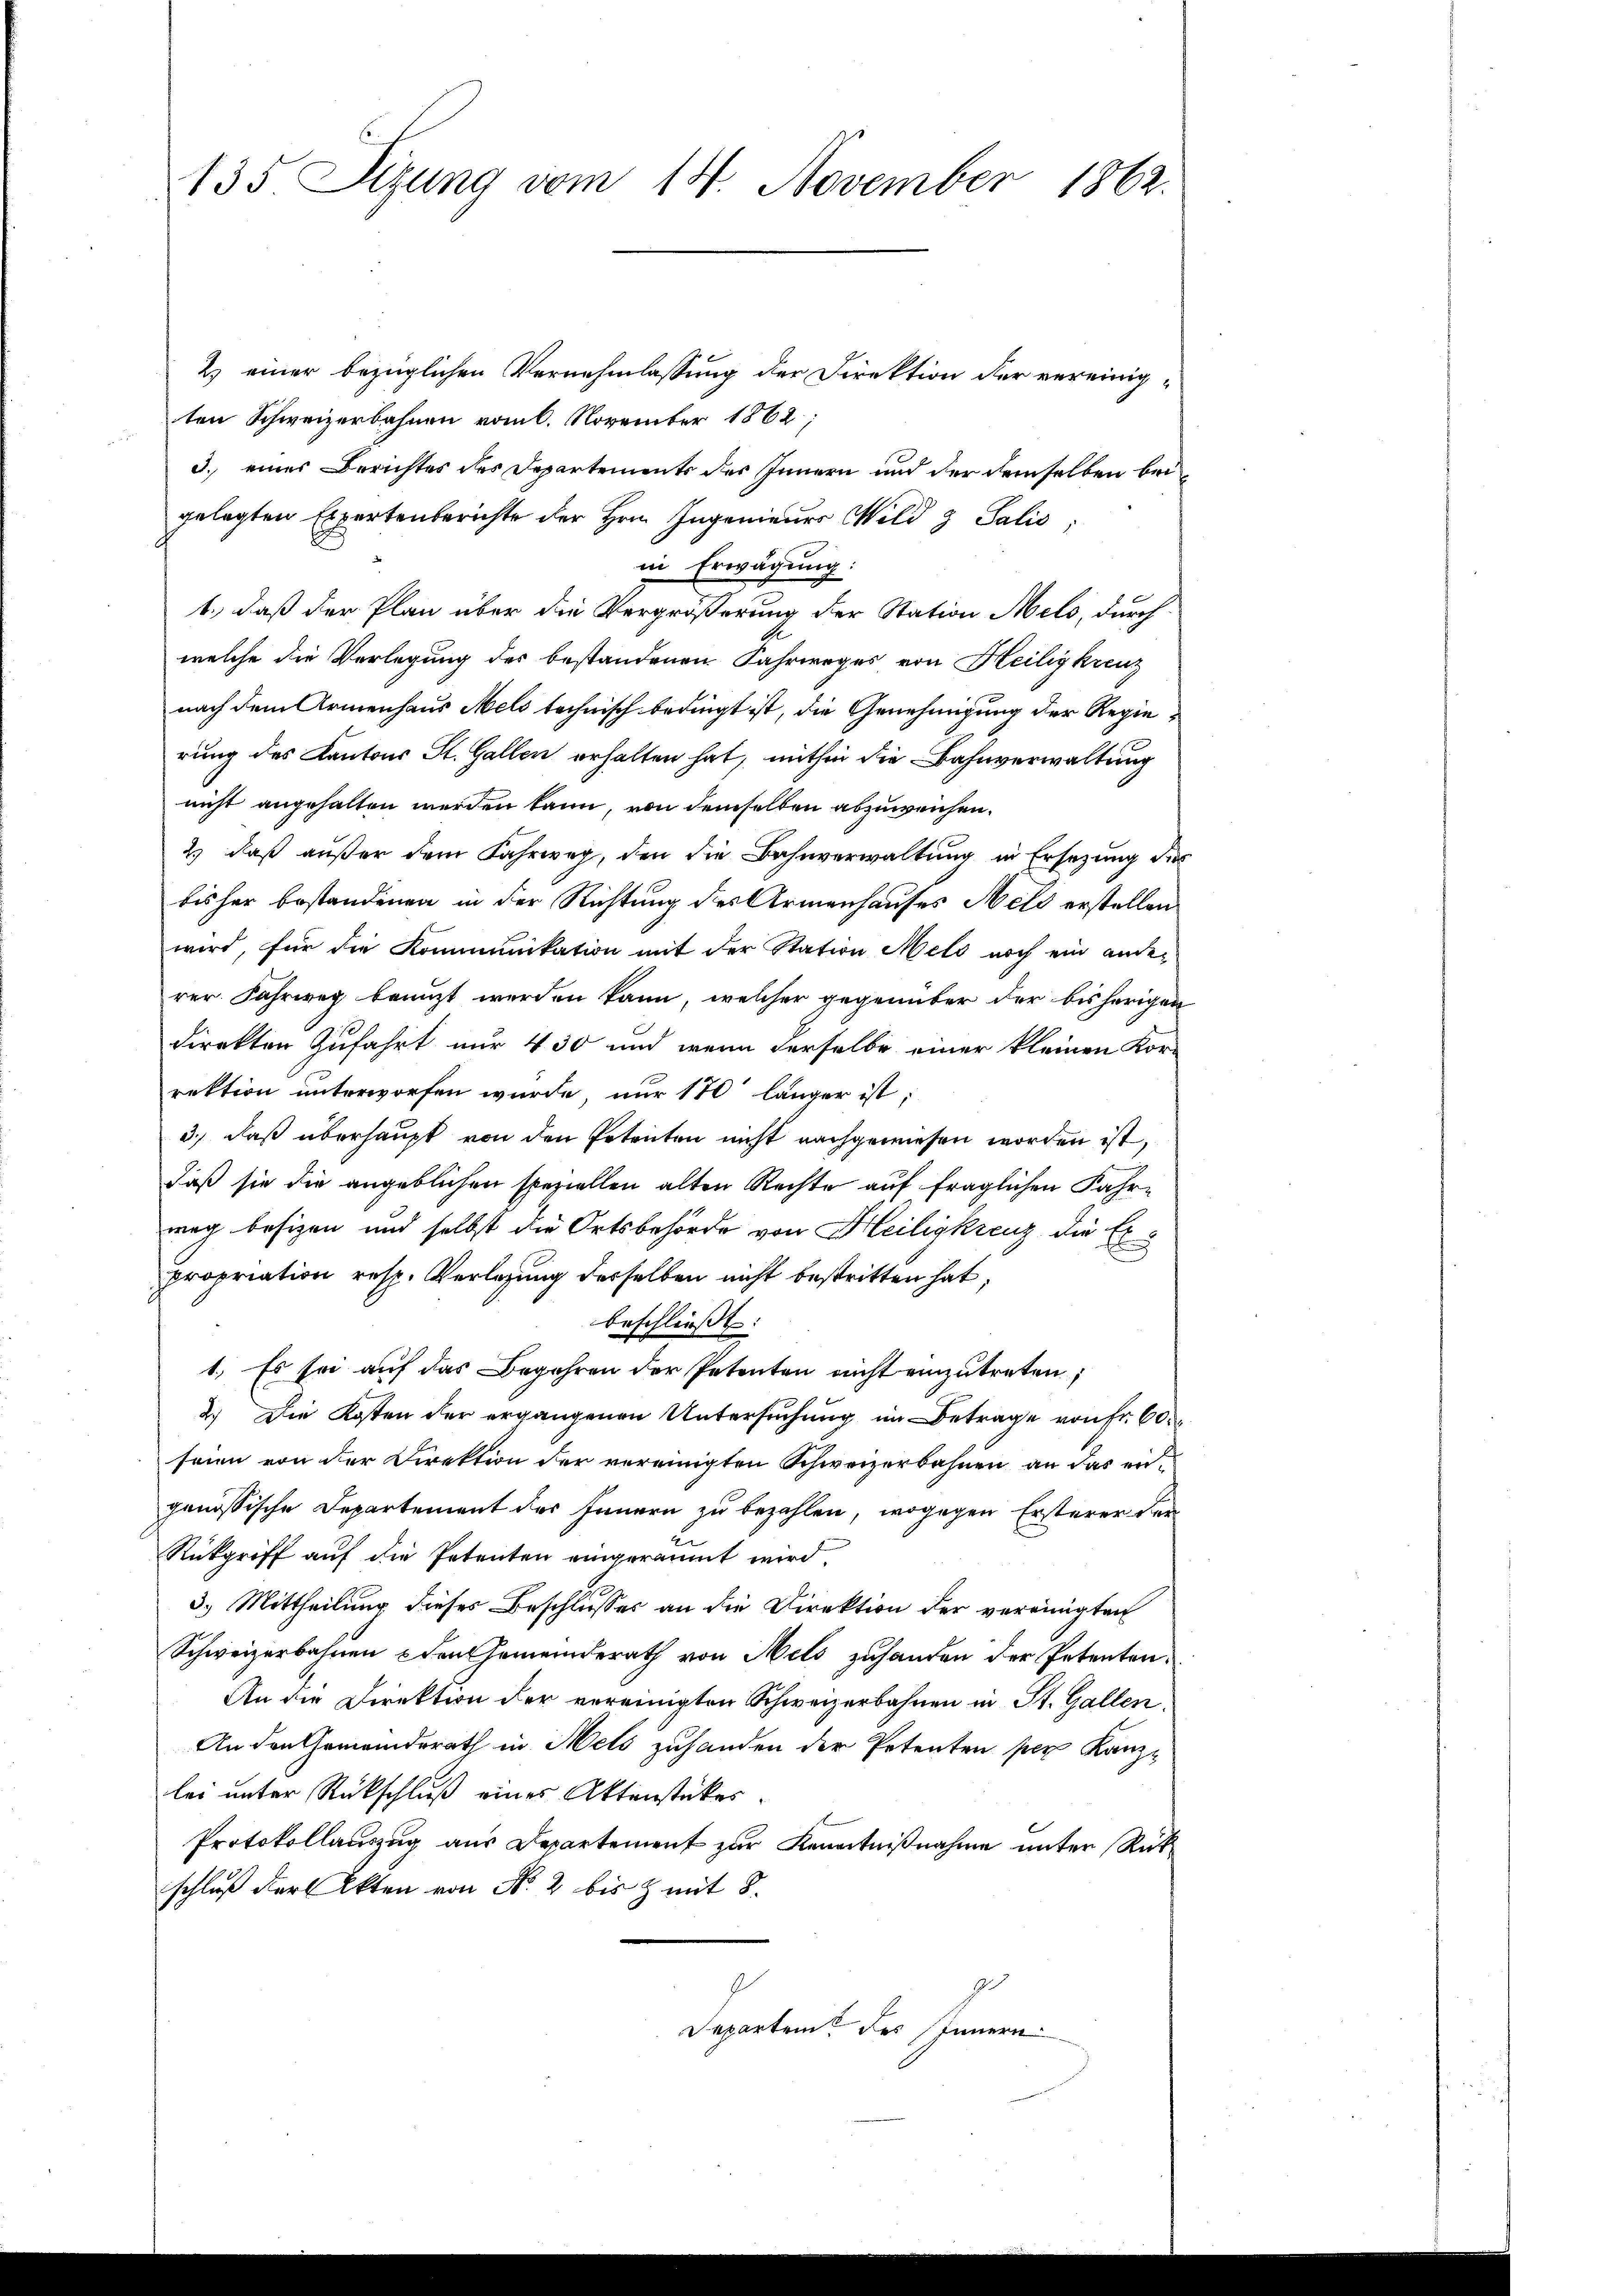
135. Sizung vom 14. November 1862.

2) einer bezüglichen Vernehmlassung der Direktion der vereinigten Schweizerbahnen vom 6. November 1862;
3. eines Berichtes des Departements des Innern und der demselben bei
gelegten Expertenberichte der Herrn Ingenieurs Wild & Salis;
in Erwägung:
1., daß der Plan über die Vergrößerung der Station Mels, durch
welche die Verlegung des bestandenen Fahrweges von Heilig kreuz
nach dem Armenhaus Mels technisch bedingt ist, die Genehmigung der Regierung des Kantons St. Gallen erhalten hat, mithin die Bahnverwaltung
nicht angehalten werden kann, von demselben abzuweichen.
2) daß außer dem Fahrweg, den die Bahnverwaltung in Ersetzung der
bisher bestandenen in der Richtung des Armenhauses Meld erstellen
wird, für die Kommunikation mit der Station Meld noch ein ander
rer Fahrweg benuzt werden kann, welcher gegenüber der bisherigen
direkten Zufahrt nur 430 und wenn derselbe einer kleinen Kor-
rektion unterworfen wurde, nur 170 länger ist;
3.) daß überhaupt von den Petenten nicht nachgewiesen worden ist,
d
daß sie die angeblichen speziellen alten Rechte auf fraglichen Fahrweg besizen und selbst die Ortsbehörde von Heiligkrenz die Erpropriation resp. Verlegung desselben nicht bestritten hat,
beschließt:
1. Es sei auf das Begehren der Petenten nicht einzutreten;
2.) Die Kosten der ergangenen Untersuchung im Betrage von Fr. 60.
seien von der Direktion der vereinigten Schweizerbahnen an das ergenössische Departement des Innern zu bezahlen, wogegen Ersterer der
Rückgriff auf die Petenten eingeräumt wird,
3.) Mittheilung dieses Beschlusses an die Direktion der vereinigten
Schweizerbahnen den Gemeinderath von Melo zuhanden der Petenten¬
An die Direktion der vereinigten Schweizerbahnen in St. Gallen,
An den Gemeinderath in Mels zuhanden der Petenten per Kanzlei unter Rückschluß eines Aktenstückes.
Protokollauszug aus Departement zur Kenntnißnahme unter Rükschluß der Akten von Nr. 2 bis & mit 8.
9
g
Departem des stimmern